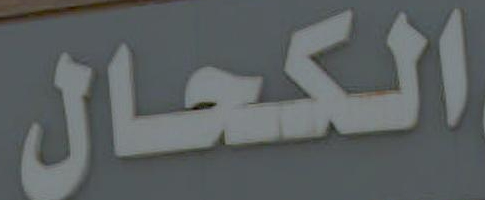
الكحال